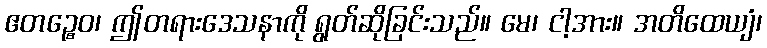
ဧတဉ္စေဝ၊ ဤတရားဒေသနာကို ရွတ်ဆိုခြင်းသည်။ မေ၊ ငါ့အား။ အတိထေယျံ၊